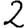
Digit: 2